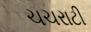
ચચરાટી